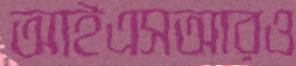
আইএসআরও